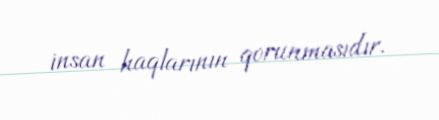
insan haqlarının qorunmasıdır.